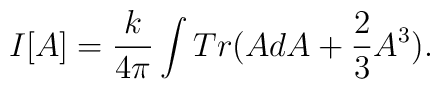
I[A] = \frac{k}{4\pi} \int Tr (AdA + \frac{2}{3} A^3 ).